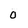
Character: 0